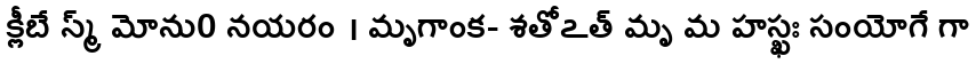
క్లీబే స్మ్ మోను0 నయరం । మృగాంక- శతోఽత్ మృ మ హస్ఖః సంయోగే గా